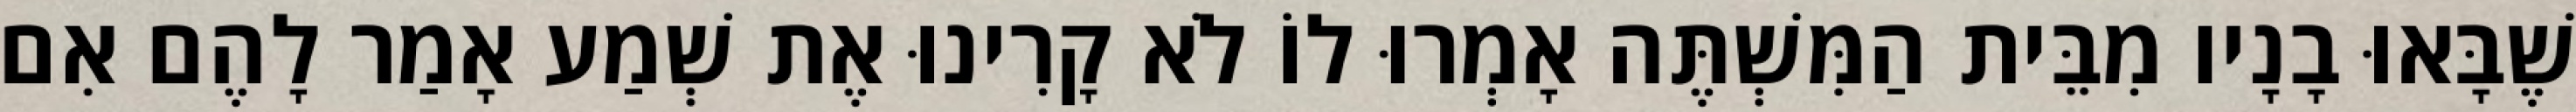
שֶׁבָּאוּ בָנָיו מִבֵּית הַמִּשְׁתֶּה אָמְרוּ לוֹ לֹא קָרִינוּ אֶת שְׁמַע אָמַר לָהֶם אִם